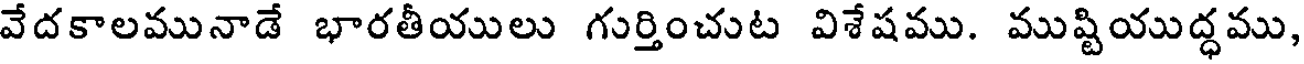
వేదకాలమునాడే భారతీయులు గుర్తించుట విశేషము. ముష్టియుద్ధము,